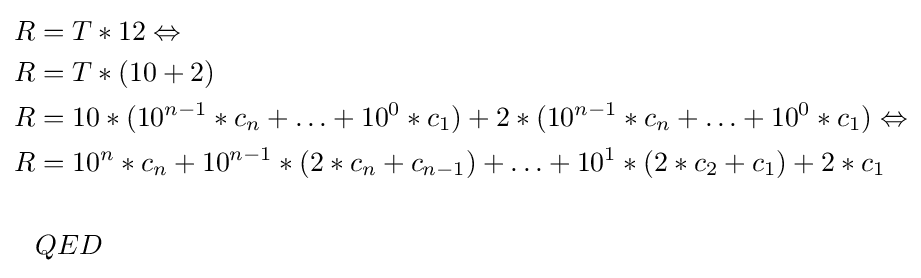
{\begin{aligned}R&=T*12\Leftrightarrow \\R&=T*(10+2)\\R&=10*(10^{n-1}*c_{n}+\ldots +10^{0}*c_{1})+2*(10^{n-1}*c_{n}+\ldots +10^{0}*c_{1})\Leftrightarrow \\R&=10^{n}*c_{n}+10^{n-1}*(2*c_{n}+c_{n-1})+\ldots +10^{1}*(2*c_{2}+c_{1})+2*c_{1}\\\\&QED\end{aligned}}